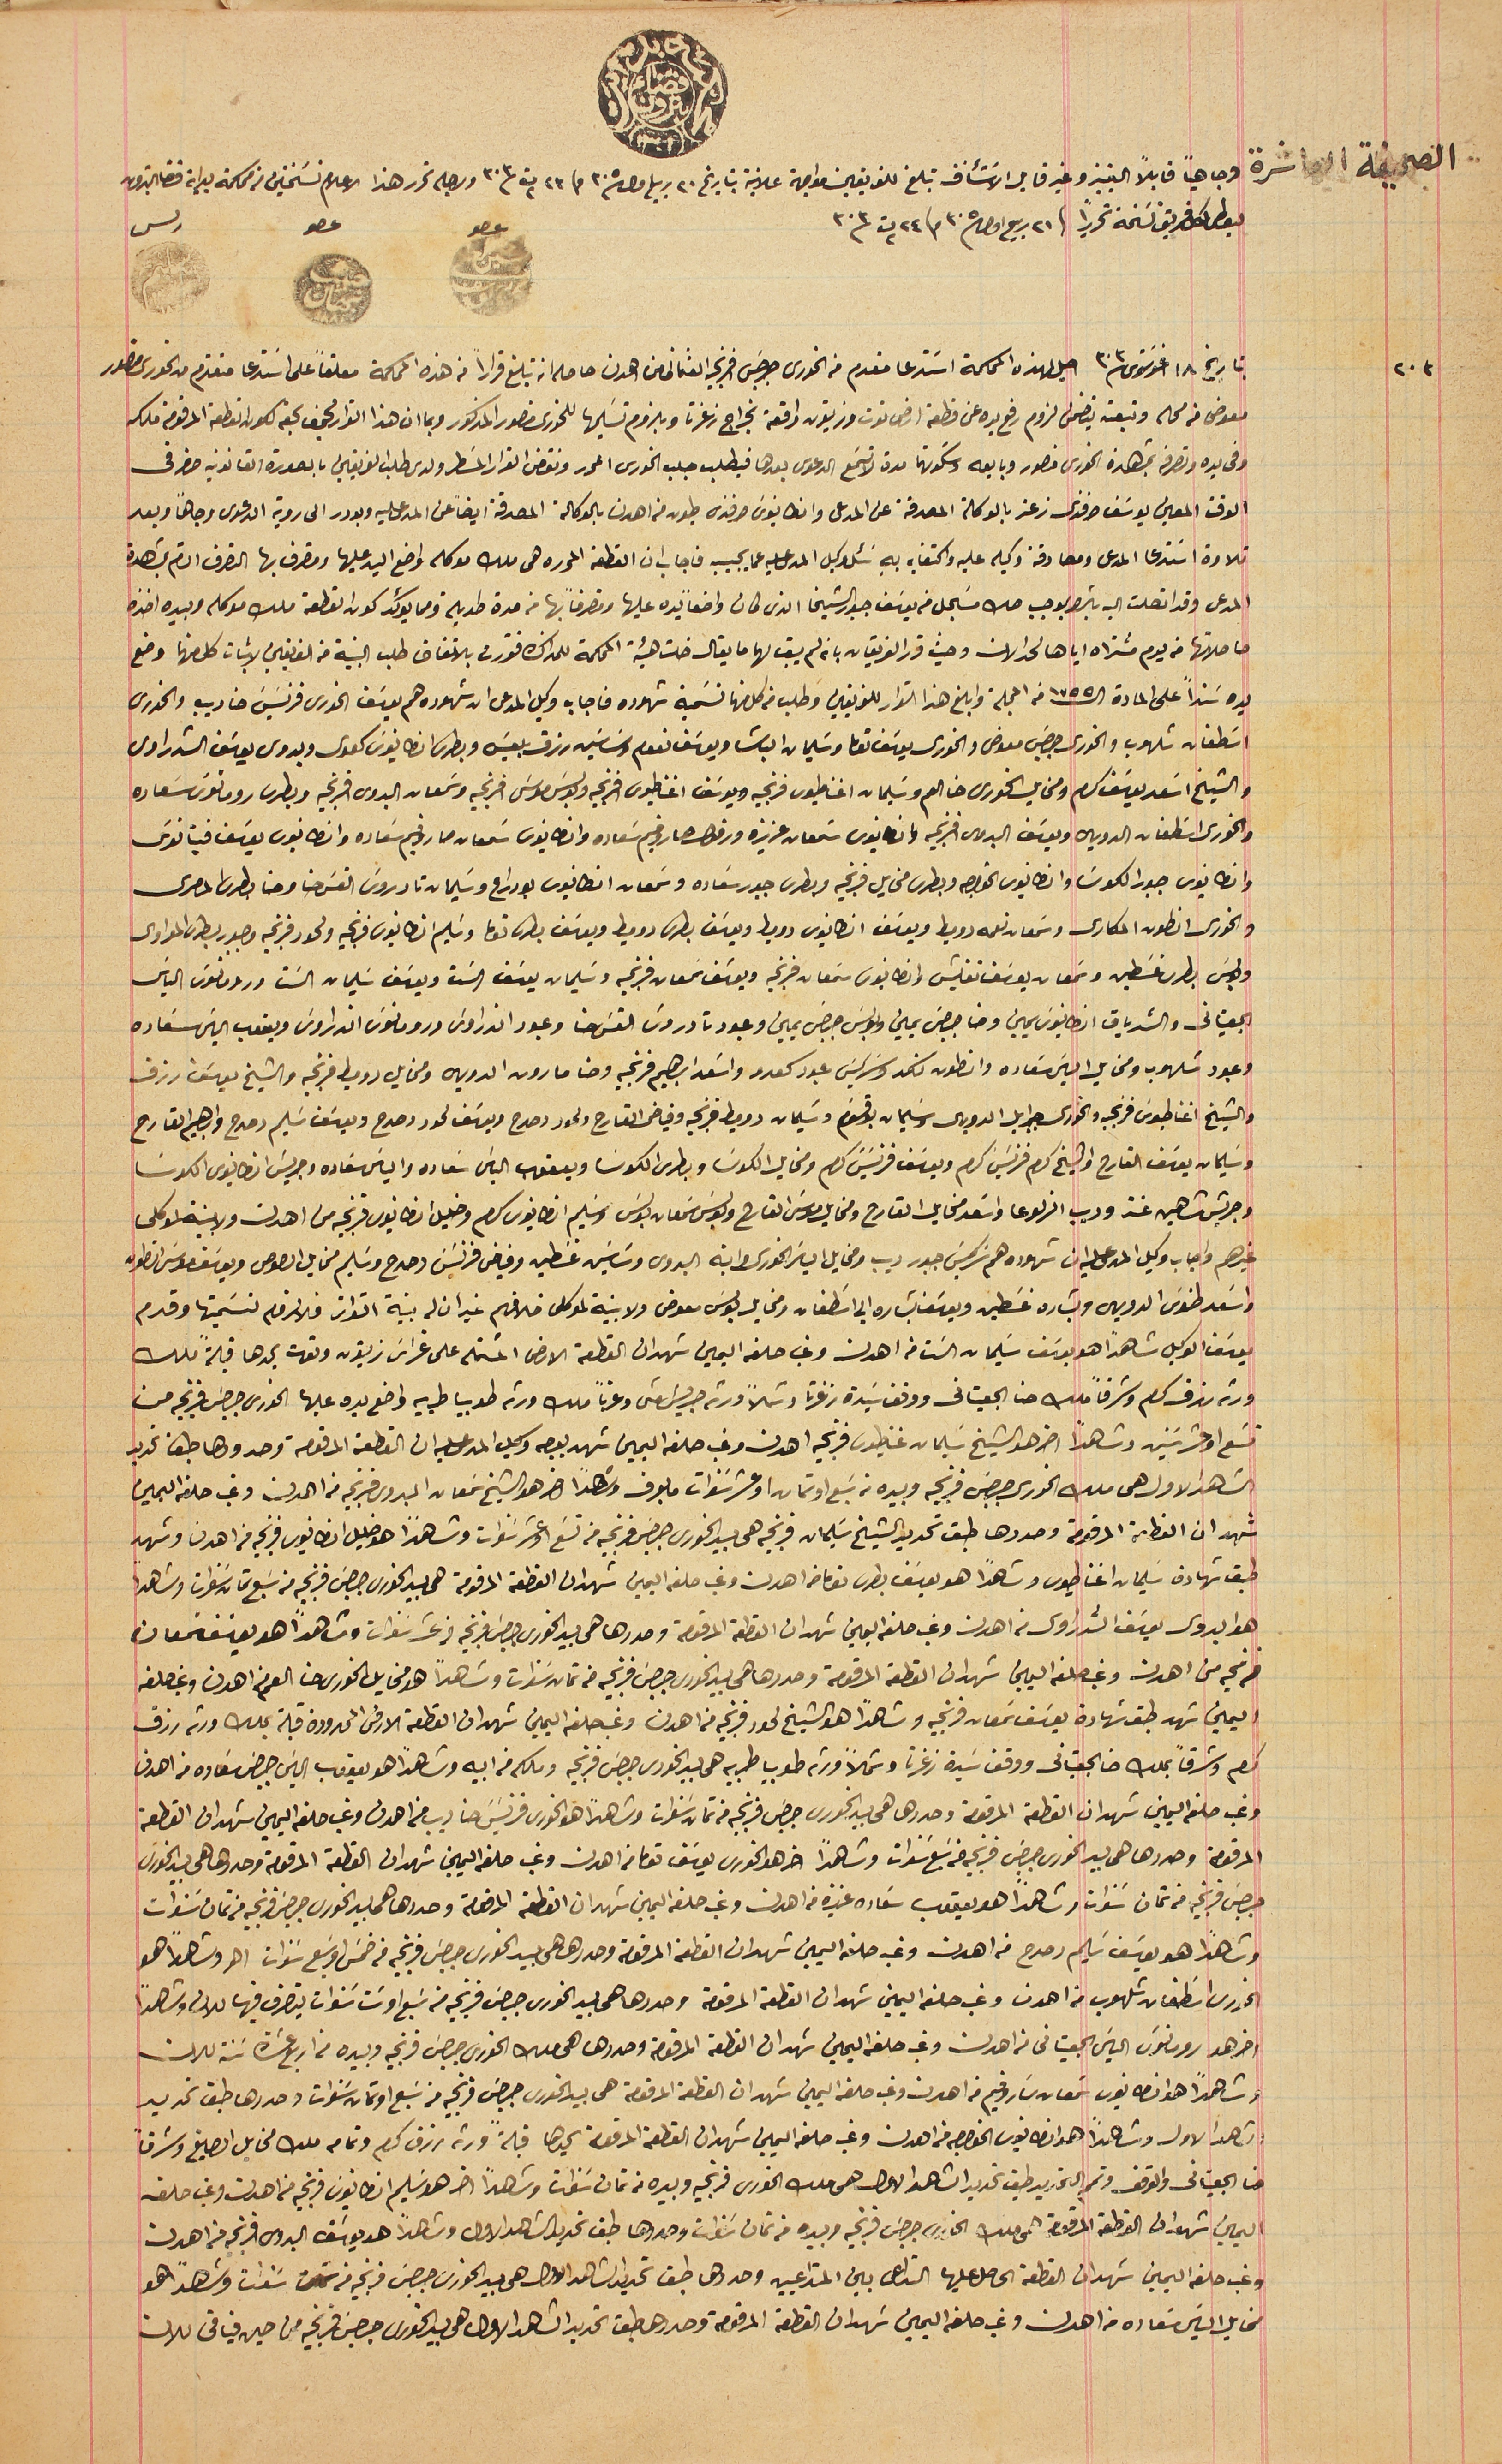
الصحيفة العاشرة وجاهياً قابلاً التمييز وغير قابل الاسَتئناف تبلغ للفريقين مواجهة علانية بتاريخ ٢٠ ربيع اول ٣٠٥ و ٢٣ ت٢ ٣٠٣ ولاجله تحرر هذا الاعلام نسَختين من محكمة بداية قضا البترون
ليعطى لكل فريق نسَخة تحريراً فى ٢١ ربيع اول ٣٠٥ و ٢٤ ت٢ ٣٠٣                                  عصو                        عصو                        رىس
بتاريخ ١٨ اغوسَتوس ٣٠٣ احيل لهذه المحكمة استدعا مقدم من الخورى جرجس افرنجيه العثمانى من اهدن حاصله انه تبلغ قراراً من هذه المحكمة معلقاً على استدعا متقدم من الخورى منصور
معوض من محله وتبعته يتضمن لزوم رفع يده عن قطعة ارض توت وزيتون واقعة بخراج زغرتا وبلزوم تسَليمها للخورى منصور المذكور وبما ان هذا القرار مجحف بحقه لكون القطعة المرقومة

وفي يده وتصرفه بمشاهدة الخورى منصور وبايعه وسَكوتهما مدة لاتسَمع الدعوى بعدها فيطلب جلب الخورى المحرر ونقض القرار المسَطر ولدى طلب الفريقين بالصورة القانونية حضر فى
الوقت المعين يوسَف افندى زعتر بالوكالة المصدقة عن المدعى وانطانيوسَ افندى طيون من اهدن بالوكالة المصدقة ايضاً عن المدعى عليه وبودر الى روية الدعوى وجاهاً وبعد
تلاوة اسَتدعا المدعى ومصادقة وكيله عليه واكتفايه بهِ سَئل وكيل المدعى عليه عما يجيبه فاجاب ان القطعه المحرره هى ملك موكله واضع اليد عليها ومتصرف بها التصرف التام بمشاهدة
المدعى وقد اتصلت اليه بالشرا بموجب صك مسَجل من يوسَف جبور الشيخا الذى كان واضعاً يده عليها ومتصرفاً بها من مدة طويلة مما يؤكد كون القطعة ملك موكله وبيده اخذه
حاصلاتها من يوم مشتراه اياها لحد الان وحيث قرر الفريقان بانه لم يبق لها ما يقال خلت هيئة المحكمة للمذاكرة فقررت بالاتفاق طلب البينة من الفريقين لاثبات كل منها وضع
يده سنداً على المادة الـ ١٧٥٥ من المجلة وابلغ هذا القرار للفريقين وطلب من كل منها تسَمية شهوده فاجاب وكيل المدعى ان شهوده هم يوسَف الخورى فرنسَيسَ حنا ديب والخورى
 اسَطفان شلهوب والخوري جرجسَ معوض والخوري يوسَف توما وسَليمان الباشا ويوسَف نعوم وسَاسَين رزق بلعيسَ وبطرس انطانيوسَ كعدى وبدوي يوسَف الشدراوى
والشيخ اسَعد يوسَف كرم ومخايل الخورى حنا العم وسَليمان اغناطيوس فرنجيه ويوسَف اغناطيوسَ افرنجيه وبولسَ موسَى افرنجيه وسَمعان البدوى افرنجيه وبطرس رومانوسَ سَعاده
 والخوري اسَطفان الدويهى ويوسَف البدوى افرنجيه وانطانيوس سَمعان عزيزه ورفول صاروفيم سَعاده وانطانيوس سَمعان صاروفيم سعاده وانطانيوس يوسَف فينانوسَ
وانطانوس جبور الكوسَا وانطانيوس الخواجه وبطرس مخايل فرنجيه وبطرس جبور سَعاده وسَمعان انطانيوس بو دراع وسَليمان تادروسَ القسَ حنا وحنا بطرس المصرى
والخورى انطون المكارى وسَمعان نعمه دوميط ويوسَف انطانيوس دوميط ويوسَف بطرس دوميط ويوسف بطرسَ توما وسَليم انطانيوس فرنجيه ولحود فرنجيه وجبور بطرس المعراوى
وبولسَ بطرس غسَطين وسَمعان يوسَف نفليش وانطانيوس سَمعان فرنجيه ويوسَف سمعان فرنجيه وسَليمان يوسَف الست ويوسَف سَليمان الست ورومانوسَ الياسَ
الجعيتانى والشدياق انطانوسَ يمين وحنا جرجسَ يمين وبولسَ جرجسَ يمين وعبود تادروس القسَ حنا وعبود اندراوسَ ورومانوس اندراوسَ ويعقوب الياسَ سَعاده
والشيخ اغناطيوسَ فرنجيه والخورى جبرايل الدويهى وسَليمان بوقسَوم وسَليمان دوميط فرنجيه وفياض القارح ولحود دحدح ويوسَف لحود دحدح ويوسَف سَليم دحدح وابرهيم القارح
وسَليمان يوسَف القارح والشيخ كرم فرنسَيس كرم ويوسَف فرنسَيسَ كرم ومخايل الكوسَا وبطرس الكوسَا ويعقوب الياسَ سَعاده والياسَ سَعاده وجريسَ انطانيوس الكوسَا
وجريسَ شاهين عنتر وديب الزلوعا واسَعد مخايل القارح ومخايل موسَى القارح وبولس سَمعان بولس وسَليم انطانيوس كرم وخليل انطانيوس فرنجيه من اهدن ولا بينة لموكلى
غيرهم واجاب وكيل المدعى عليه ان شهوده هم سَركيسَ جبور ديب ومخايل الياسَ الخورى وابنه البدوى وسَاسَين غسَطين وفياض فرنسَيسَ دحدح وسَليم مخايل الصوص ويوسَف موسَى انطون
واسَعد طنوسَ الدويهى وبشاره غسَطين ويوسَف بشاره ابي اسَطفان ومخايل بولسَ معوض ولا بنية لموكلى خلافهم غير ان له بنية التواتر فلا لزوم تسَميتها وقدم
 يوسَف الوكيل شاهداً هو يوسَف سَليمان السَت من اهدن وغب حلفه اليمين شهد ان القطعة الارض المشتمله على غراسَ زيتون وتوت يحدها قبلة ملك
ورثة رزق كرم وشرقاً ملك حنا الجعيتانى ووقف سَيدة زغرتا وشمالاً ورثة جريسَ متى وغرباً ملك ورثه طويبا طربيه واضع يده عليها الخورى جرجسَ فرنجيه من
الشاهد الاول هى ملك الخورى جرجس فرنجيه وبيده من سَبع او ثمان او عشر سنوات ما بعرف وشاهدََا اخر هو الشيخ سَمعان البدوى فرنجيه من اهدن وغب حلفه اليمين
شهد ان القطعة المرقومة وحددها طبق تحديد الشيخ سَليمان فرنجيه هى بيد الخورى جرجسَ فرنجيه من تسَع او عشر سنوات وشاهداً هو خليل انطانيوس فرنجيه من اهدن وشهد
طبق شهادة سَليمان اغناطيوس وشاهدًا هو يوسَف بطرس توما من اهدن وغب حلفه اليمين شهد ان القطعة المرقومة هى بيد الخورى جرجسَ فرنجيه من سَبع ثمان سَنوات وشاهداً
هو بدوى يوسَف الشدراوى من اهدن وغب حلفه اليمين شهد ان القطعة المرقومة وحررها هى بيد الخورى جرجسَ فرنجيه من عشر سنوات وشاهداً هو يوسف سَمعان
فرنجيه من اهدن وغب حلفه اليمين شهد ان القطعه المرقومة وحددها هي بيد الخورى جرجسَ فرنجيه من ثمان سَنوات وشاهداً هو مخايل الخورى حنا العم من اهدن وغب حلفه
اليمين شهد طبق شهادة يوسَف سَمعان فرنجيه وشاهدًا هو الشيخ لحود فرنجيه من اهدن وغب حلفه اليمين شهد ان القطعة الارض المحدودة قبلة بملك ورثة رزق
وغب حلفه اليمين شهد ان القطعة المرقومة وحددها هي بيد الخورى جرجسَ فرنجيه من تمان سَنوات وشاهداً هو الخورى فرنسَيسَ حنا ديب من اهدن وغب حلفه اليمين شهد ان القطعة
المرقومة وحددها هى بيد الخورى جرجسَ فرنجيه من سَبع سنوات وشاهداً اخر هو الخورى يوسَف توما من اهدن وغب حلفه اليمين شهد ان القطعة المرقومة وحددها هى بيد الخورى
جرجسَ فرنجيه من تمان سنوات وشاهداً هو يعقوب سعَاده من اهدن وغب حلفه اليمين شهد ان القطعة المرقومة وحددها هى بيد الخورى جرجسَ فرنجيه من ثمان سَنوات
وشاهدا هو يوسَف سَليم دحدح من اهدن وغب حلفه اليمين شهد ان القطعة المرقومة وحددها هي بيد الخورى جرجس فرنجيه من خمس اوسَبع سنوات اوهو وشاهداً هو
 الخورى سطفان شلهوب من اهدن وغب حلفه اليمين شهد ان القطعة المرقومة وحددها هى بيد الخورى جرجسَ فرنجيه من سَبع او سَت سنوات يتصرف فيها للان وشاهداً
اخر هو رومانوسَ الياسَ الجعيتانى من اهدن وغب حلفه اليمين شهد ان القطعة المرقومة وحددها هى ملك الخورى جرجسَ فرنجيه وبيده من اربع عشرة سَنة للان
وشاهداً هوا انطانيوس سمعان سَاروفيم من اهدن وغب حلفه اليمين شهد ان القطعة المرقومة هى بيد الخورى جرجسَ فرنجيه من سَبع او ثمان سَنوات وحددها طبق تحديد
حنا الجعيناني والوقف وتمم التحديد طبق تحديد الشاهد الاول هى ملك الخورى فرنجيه وبيده من تمان سَنوات وشاهداً اخر هو سَليم انطانيوسَ فرنجيه من اهدان وغب حلفه
 اليمين شهد ان القطعة المرقومة هى ملك الخورى جرجس فرنجيه وبيده من ثمان سَنوات وحددها طبق تحديد الشاهد الاول وشاهداً هو يوسَف البدوى فرنجيه من اهدن
وغب حلفه اليمين شهد ان القطعة الحاصل عليها التداعى بين المتداعين وحددها طبق تحديدات الشاهد الاول هى بيد الخورى جرجسَ فرنجيه من ست سنوات وشاهداً هو
مخايل الياسَ سَعاده من اهدن وغب حلفه اليمين شهد ان القطعة المرقومة وحددها طبق تحديد الشاهد الاول هي بيد الخورى جرجسَ فرنجيه من حين فياقى للان
وعبود شلهوب ومخايل الياسَ سَعاده وانطون نكد وسَركيسَ عبود كعدو واسَعد ابراهيم فرنجيه وحنا مارون الدويهى ومخايل دوميط فرنجيه والشيخ يوسَف رزق
تسَع او عشر سَنين وشاهداً اخر هو الشيخ سَليمان غناطيوس فرنجيه اهدن وغب حلفه اليمين شهد بوجه وكيل المدعى عليه ان القطعة المرقومة وحدودها طبق تحديد
كرم وشرقاً بملك حنا الجعيتانى ووقف سَيدة زغرتا وشمالاً ورثه طوبيا طربيه هى بيد الخورى جرجسَ فرنجيه وملكه من ابيه وشاهداً هو يعقوب الياسَ جرجسَ سَعاده من اهدن
الشاهد الاول وشاهداً هو انطانيوس الخواجه من اهدن وغب حلفه اليمين شهد ان القطعة المرقومة يحدها قبلةً ورثه رزق كرم وتمامه ملك مخايل الصايغ وشرقاً
٢٠٣